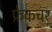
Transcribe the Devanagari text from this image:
फ्रेकचर